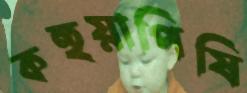
কহুয়াপিষি